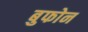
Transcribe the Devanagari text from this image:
बुफोन